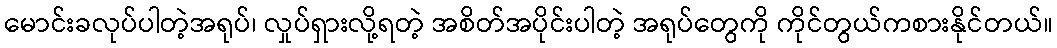
မောင်းခလုပ်ပါတဲ့အရုပ်၊ လှုပ်ရှားလို့ရတဲ့ အစိတ်အပိုင်းပါတဲ့ အရုပ်တွေကို ကိုင်တွယ်ကစားနိုင်တယ်။